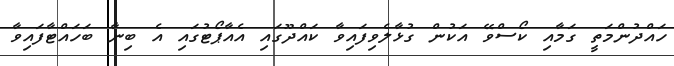
ހައްދުންމަތީ ގަމާއި ކޯސްވޭ އަކުން ގުޅާލެވިފައިވާ ކައްދޫގައި އެއާޕޯޓުގައި އެ ބިނާ ބަހައްޓާފައިވާ